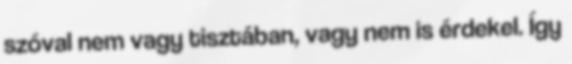
szóval nem vagy tisztában, vagy nem is érdekel. Így